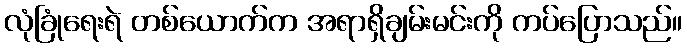
လုံခြုံရေးရဲ တစ်ယောက်က အရာရှိချမ်းမင်းကို ကပ်ပြောသည်။